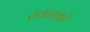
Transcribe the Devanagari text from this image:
तकाको